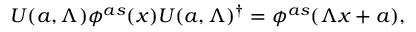
U ( a , \Lambda ) \phi ^ { a s } ( x ) U ( a , \Lambda ) ^ { \dagger } = \phi ^ { a s } ( \Lambda x + a ) ,